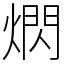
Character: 熌